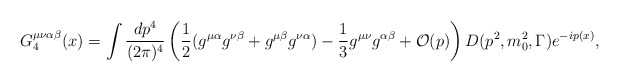
\begin{align*}G_4^{\mu\nu\alpha\beta}(x)=\int {dp^4\over (2\pi)^4} \left ( {1\over2}(g^{\mu\alpha}g^{\nu\beta} + g^{\mu\beta}g^{\nu\alpha}) - {1\over3}g^{\mu\nu}g^{\alpha\beta}+{\cal O}(p) \right )D(p^2,m_0^2, \Gamma)e^{-ip(x)},\end{align*}